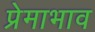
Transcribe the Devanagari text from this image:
प्रेमाभाव